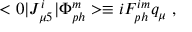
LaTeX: < 0 | J _ { \mu 5 } ^ { i } | \Phi _ { p h } ^ { m } > \equiv i F _ { p h } ^ { i m } q _ { \mu } ~ ,